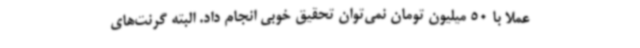
عملا با 50 میلیون تومان نمی‌توان تحقیق خوبی انجام داد. البته گرنت‌های